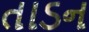
તાડન